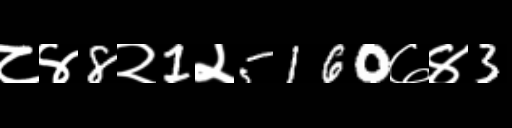
Text: ८४8२1२5160७४3